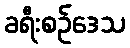
ခရီးစဉ်ဒေသ